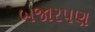
બજારપણ